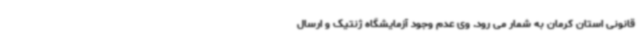
قانونی استان کرمان به شمار می رود. وی عدم وجود آزمایشگاه ژنتیک و ارسال